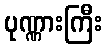
ပုဏ္ဏားကြီး